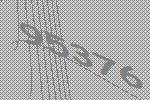
95376